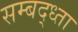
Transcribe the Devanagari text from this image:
सम्बद्ध्ता